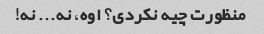
منظورت چیه نکردی؟ اوه، نه... نه!